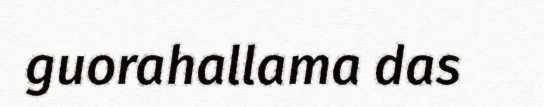
guorahallama das